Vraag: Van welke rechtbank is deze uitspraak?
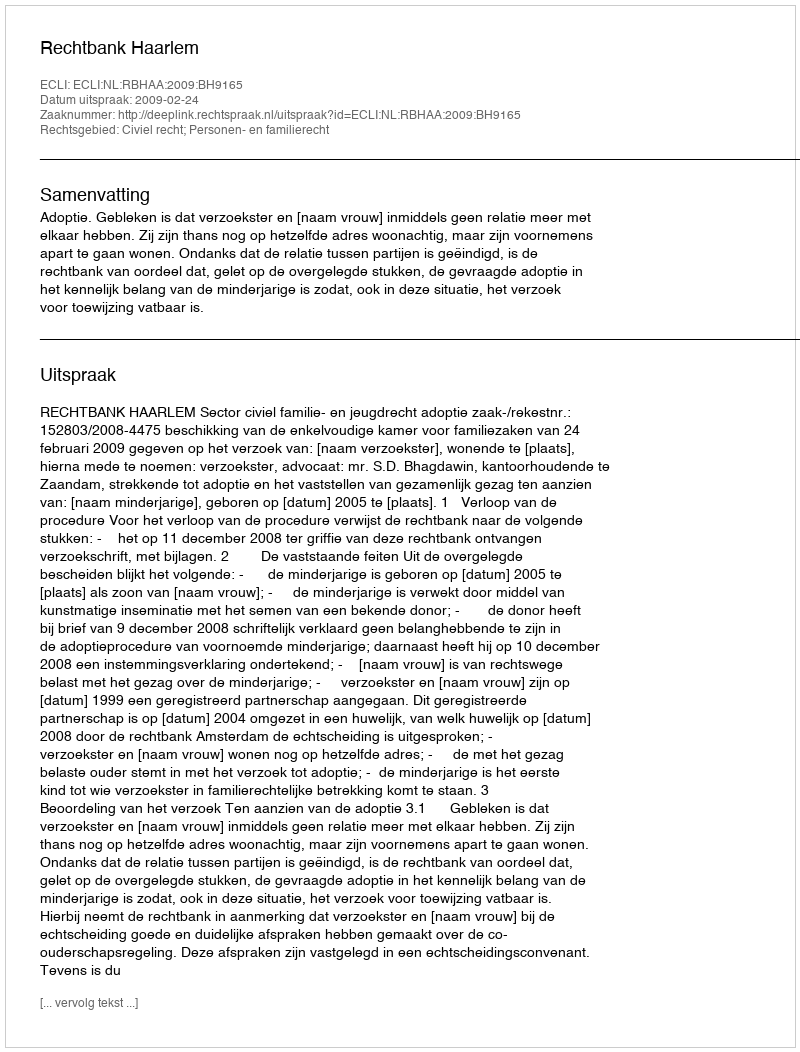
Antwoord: Rechtbank Haarlem